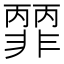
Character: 𩇽